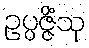
ဥပ္ပဇ္ဇိံသု